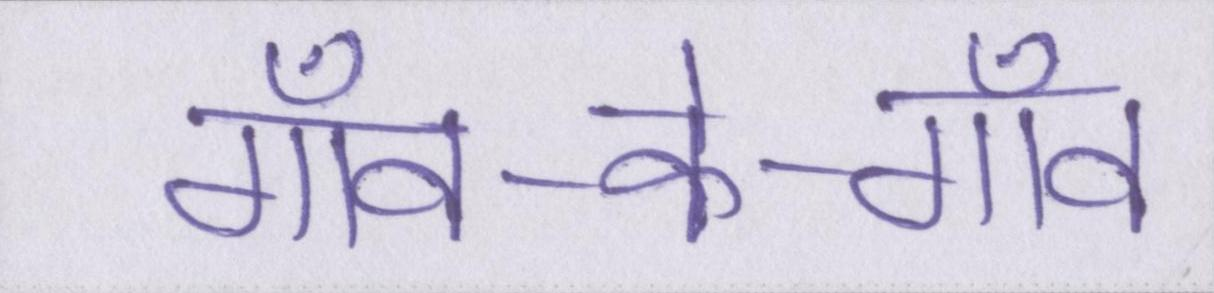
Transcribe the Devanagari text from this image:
गाँव-के-गाँव